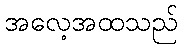
အလေ့အထသည်